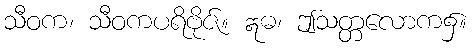
သီဝက၊ သီဝကပရိဗိုဇ်။ ဣဓ၊ ဤသတ္တလောက၌။